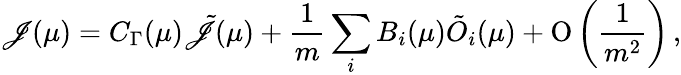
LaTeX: \mathscr{J}(\mu)=C_{\Gamma}(\mu)\tilde{{\mathscr{J}}}(\mu)+\frac{1}{{m}}\sum_{i}B_{i}(\mu)\tilde{{O}}_{i}(\mu)+\mathrm{{O}}\left(\frac{1}{{m^{2}}}\right)\, ,